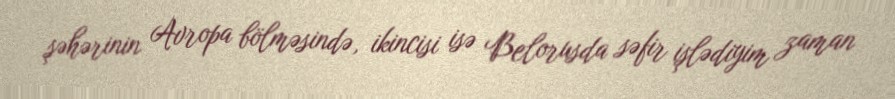
şəhərinin Avropa bölməsində, ikincisi isə Belorusda səfir işlədiyim zaman